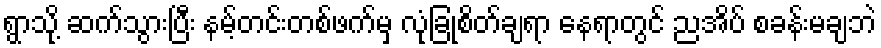
ရွာသို့ ဆက်သွားပြီး နမ့်တင်းတစ်ဖက်မှ လုံခြုံစိတ်ချရာ နေရာတွင် ညအိပ် စခန်းမချဘဲ